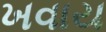
ખવાય